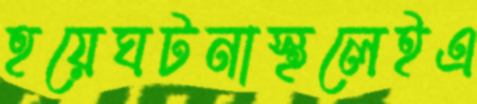
হয়েঘটনাস্থলেইএ